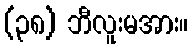
(၃၈) ဘီလူးမအား။